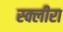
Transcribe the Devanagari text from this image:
स्क्लीरा